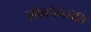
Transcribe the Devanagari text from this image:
लोकोनेनेति